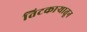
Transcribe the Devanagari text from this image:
तिटकाऱ्यातून